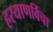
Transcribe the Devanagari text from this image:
हरयाणविंचा